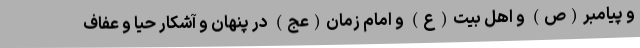
و پیامبر(ص) و اهل بیت(ع) و امام زمان(عج) در پنهان و آشکار حیا و عفاف